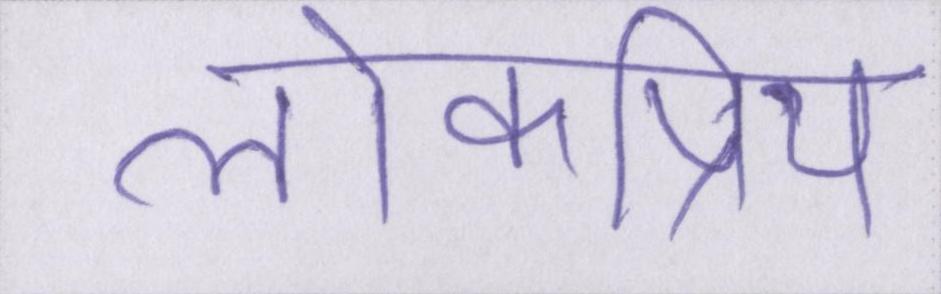
लोकप्रिय